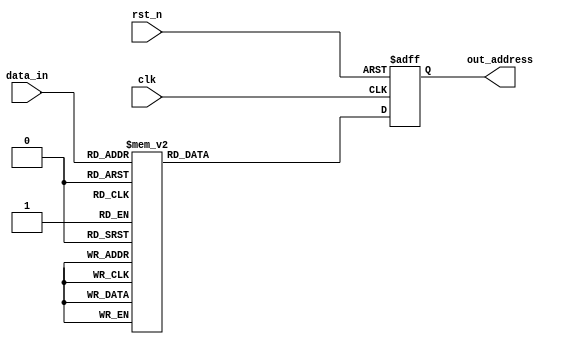
module frequency_generator_apf(clk, rst_n, data_in, out_address);
input clk, rst_n;
input [2: 0] data_in;
output  out_address;


reg  a;


always @ (posedge clk or negedge rst_n)
begin
	if(rst_n==1'b0)	
		a <= 0;
	else  
	case(data_in)
      3'b000: a <=  1;
		3'b001: a <=  2;
		3'b010: a <=  4;
		3'b011: a <=  8;
		3'b100: a <=  16;
		3'b101: a <=  32;
		3'b110: a <=  64;
		3'b111: a <=  128;
		default: a <=  0;
	endcase
end

assign out_address = a;

endmodule